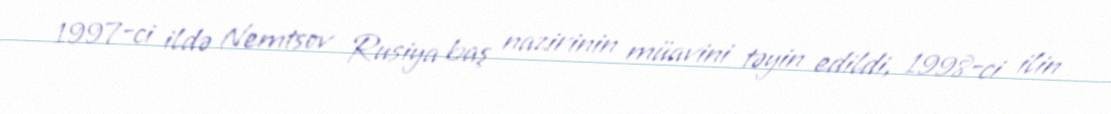
1997-ci ildə Nemtsov Rusiya baş nazirinin müavini təyin edildi, 1998-ci ilin